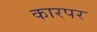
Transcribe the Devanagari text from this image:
कारपर